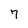
Character: 7